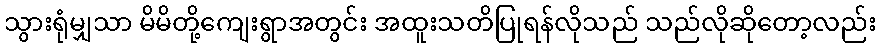
သွားရုံမျှသာ မိမိတို့ကျေးရွာအတွင်း အထူးသတိပြုရန်လိုသည် သည်လိုဆိုတော့လည်း